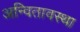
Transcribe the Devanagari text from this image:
अन्वितावस्था